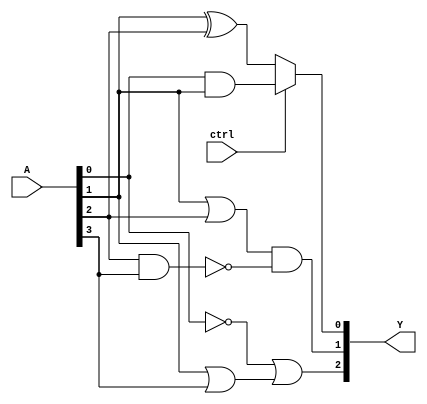
module comb_logic_block (
    input  wire [n:0] A,  // Input vector
    input  wire ctrl,      // Control signal to enable logic evaluation
    output wire [m:0] Y    // Output vector
);

// Define parameters
parameter n = 7;  // Number of input lines
parameter m = 3;  // Number of output lines

// Internal signals for group outputs
wire [m-1:0] group1_out;
wire [m-1:0] group2_out;

// Group 1: Operates on A[0], A[1], A[2]
assign group1_out[0] = A[0] & A[1];      // AND operation
assign group1_out[1] = A[1] | A[2];      // OR operation
assign group1_out[2] = ~A[0];            // NOT operation

// Group 2: Operates on A[1], A[2], A[3]
assign group2_out[0] = A[1] ^ A[2];      // XOR operation
assign group2_out[1] = ~(A[2] & A[3]);   // NAND operation
assign group2_out[2] = A[1] | A[3];       // OR operation

// Output Logic: Combine outputs from overlapping groups based on control signal
assign Y[0] = ctrl ? group1_out[0] : group2_out[0]; // Selects output from group 1 or group 2 based on control
assign Y[1] = group1_out[1] & group2_out[1];        // AND of outputs from both groups
assign Y[2] = group1_out[2] | group2_out[2];        // OR of outputs from both groups

endmodule